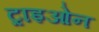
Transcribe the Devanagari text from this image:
ट्राइओन